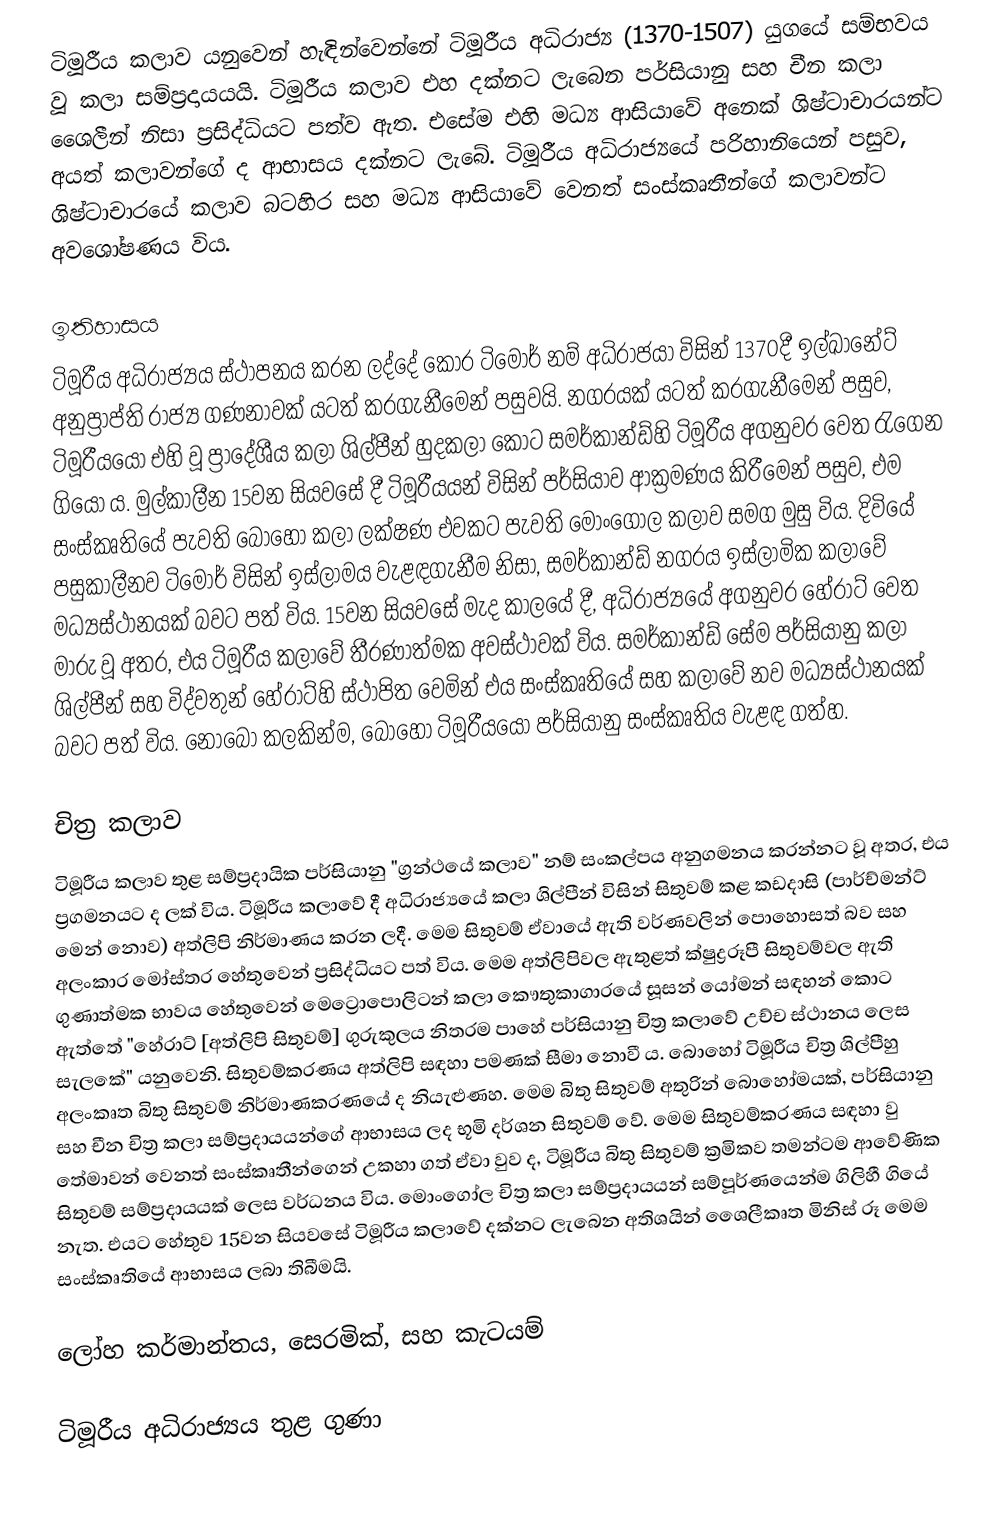
ටිමූරීය කලාව යනුවෙන් හැඳින්වෙන්නේ ටිමූරීය අධිරාජ්‍ය (1370-1507) යුගයේ සම්භවය වූ කලා සම්ප්‍රදායයයි. ටිමූරීය කලාව එහ දක්නට ලැබෙන පර්සියානු සහ චීන කලා ශෛලීන් නිසා ප්‍රසිද්ධියට පත්ව ඇත. එසේම එහි මධ්‍ය ආසියාවේ අනෙක් ශිෂ්ටාචාරයන්ට අයත් කලාවන්ගේ ද ආභාසය දක්නට ලැබේ. ටිමූරීය අධිරාජ්‍යයේ පරිහානියෙන් පසුව, ශිෂ්ටාචාරයේ කලාව බටහිර සහ මධ්‍ය ආසියාවේ වෙනත් සංස්කෘතීන්ගේ කලාවන්ට අවශෝෂණය විය.

ඉතිහාසය
ටිමූරීය අධිරාජ්‍යය ස්ථාපනය කරන ලද්දේ කොර ටිමෝර් නම් අධිරාජයා විසින් 1370දී ඉල්ඛානේට් අනුප්‍රාප්ති රාජ්‍ය ගණනාවක් යටත් කරගැනීමෙන් පසුවයි. නගරයක් යටත් කරගැනීමෙන් පසුව, ටිමූරීයයෝ එහි වූ ප්‍රාදේශීය කලා ශිල්පීන් හුදකලා කොට සමර්කාන්ඩ්හි ටිමූරීය අගනුවර වෙත රැගෙන ගියෝ ය. මුල්කාලීන 15වන සියවසේ දී ටිමූරීයයන් විසින් පර්සියාව ආක්‍රමණය කිරීමෙන් පසුව, එම සංස්කෘතියේ පැවති බොහෝ කලා ලක්ෂණ එවකට පැවති මොංගෝල කලාව සමග මුසු විය. දිවියේ පසුකාලීනව ටිමෝර් විසින් ඉස්ලාමය වැළඳගැනීම නිසා, සමර්කාන්ඩ් නගරය ඉස්ලාමික කලාවේ මධ්‍යස්ථානයක් බවට පත් විය. 15වන සියවසේ මැද කාලයේ දී, අධිරාජ්‍යයේ අගනුවර හේරාට් වෙත මාරු වූ අතර, එය ටිමූරීය කලාවේ තීරණාත්මක අවස්ථාවක් විය. සමර්කාන්ඩ් සේම පර්සියානු කලා ශිල්පීන් සහ විද්වතුන් හේරාට්හි ස්ථාපිත වෙමින් එය සංස්කෘති‍යේ සහ කලාවේ නව මධ්‍යස්ථානයක් බවට පත් විය. නොබෝ කලකින්ම, බොහෝ ටිමූරීයයෝ පර්සියානු සංස්කෘතිය වැළඳ ගත්හ.

චිත්‍ර කලාව
ටිමූරීය කලාව තුළ සම්ප්‍රදායික පර්සියානු "ග්‍රන්ථයේ කලාව" නම් සංකල්පය අනුගමනය කරන්නට වූ අතර, එය ප්‍රගමනයට ද ලක් විය. ටිමූරීය කලාවේ දී අධිරාජ්‍යයේ කලා ශිල්පීන් විසින් සිතුවම් කළ කඩදාසි (පාර්ච්මන්ට් මෙන් නොව) අත්ලිපි නිර්මාණය කරන ලදී. මෙම සිතුවම් ඒවායේ ඇති වර්ණවලින් පොහොසත් බව සහ අලංකාර මෝස්තර හේතුවෙන් ප්‍රසිද්ධියට පත් විය. මෙම අත්ලිපිවල ඇතුළත් ක්ෂුද්‍රරූපී සිතුවම්වල ඇති ගුණාත්මක භාවය හේතුවෙන් මෙට්‍රොපොලිටන් කලා කෞතුකාගාරයේ සූසන් යෝමන් සඳහන් කොට ඇත්තේ "හේරාට් [අත්ලිපි සිතුවම්] ගුරුකුලය නිතරම පාහේ පර්සියානු චිත්‍ර කලාවේ උච්ච ස්ථානය ලෙස සැලකේ" යනුවෙනි. සිතුවම්කරණය අත්ලිපි සඳහා පමණක් සීමා නොවී ය. බොහෝ ටිමූරීය චිත්‍ර ශිල්පීහු අලංකෘත බිතු සිතුවම් නිර්මාණකරණයේ ද නියැළුණහ. මෙම බිතු සිතුවම් අතුරින් බොහෝමයක්, පර්සියානු සහ චීන චිත්‍ර කලා සම්ප්‍රදායයන්ගේ ආභාසය ලද භූමි දර්ශන සිතුවම් වේ. මෙම සිතුවම්කරණය සඳහා වු තේමාවන් වෙනත් සංස්කෘතීන්ගෙන් උකහා ගත් ඒවා වුව ද, ටිමූරීය බිතු සිතුවම් ක්‍රමිකව තමන්ටම ආවේණික සිතුවම් සම්ප්‍රදායයක් ලෙස වර්ධනය විය. මොංගෝල චිත්‍ර කලා සම්ප්‍රදායයන් සම්පූර්ණයෙන්ම ගිලිහී ගියේ නැත. එයට හේතුව 15වන සියවසේ ටිමූරීය කලාවේ දක්නට ලැබෙන අතිශයින් ශෛලීකෘත මිනිස් රූ මෙම සංස්කෘතියේ ආභාසය ලබා තිබීමයි.

ලෝහ කර්මාන්තය, සෙරමික්, සහ කැටයම්

ටිමූරීය අධිරාජ්‍යය තුළ ගුණා